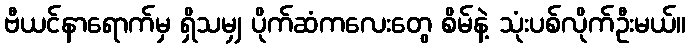
ဗီယင်နာရောက်မှ ရှိသမျှ ပိုက်ဆံကလေးတွေ စိမ်နဲ့ သုံးပစ်လိုက်ဦးမယ်။